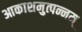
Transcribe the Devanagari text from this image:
आकाशमुत्पन्नम्‌